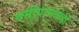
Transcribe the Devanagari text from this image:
धर्मीयांमध्येही